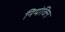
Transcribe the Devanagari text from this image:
नियोक्ति